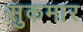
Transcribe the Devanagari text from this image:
सुकमार